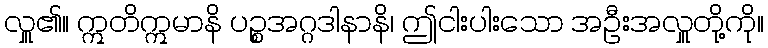
လှူ၏။ ဣတိဣမာနိ ပဉ္စအဂ္ဂဒါနာနိ၊ ဤငါးပါးသော အဦးအလှူတို့ကို။